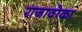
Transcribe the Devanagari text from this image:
राजावोका